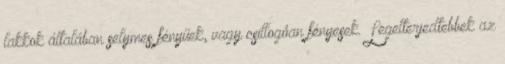
lakkok általában selymes fényűek, vagy csillogóan fényesek. Legelterjedtebbek az